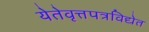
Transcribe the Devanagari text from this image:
येतेवृत्तपत्रविद्येत